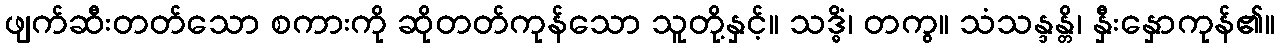
ဖျက်ဆီးတတ်သော စကားကို ဆိုတတ်ကုန်သော သူတို့နှင့်။ သဒ္ဓိံ၊ တကွ။ သံသန္ဒန္တိ၊ နှီးနှောကုန်၏။